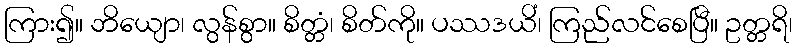
ကြား၍။ ဘိယျော၊ လွန်စွာ။ စိတ္တံ၊ စိတ်ကို။ ပဿဒယိံ၊ ကြည်လင်စေပြီ။ ဥတ္တရိ၊